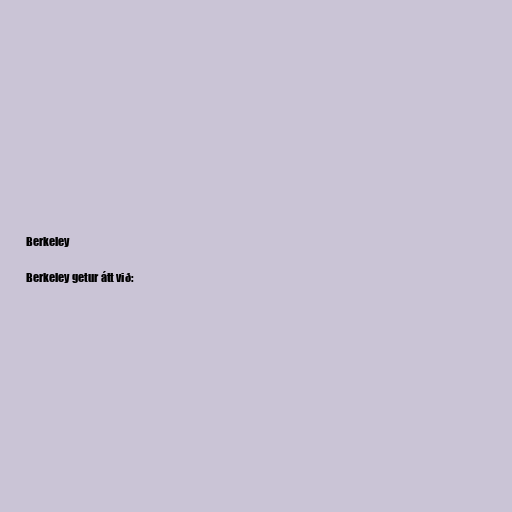
Berkeley

Berkeley getur átt við: